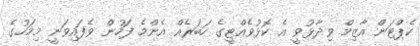
ކެޕްޓަން އާޒިމް ވިދާޅުވީ އެ ކޮޅުވެއްޓީގެ ހަބަރެއް އެންމެ ފަހުން ވެފައިވަނީ މިމަހުގެ